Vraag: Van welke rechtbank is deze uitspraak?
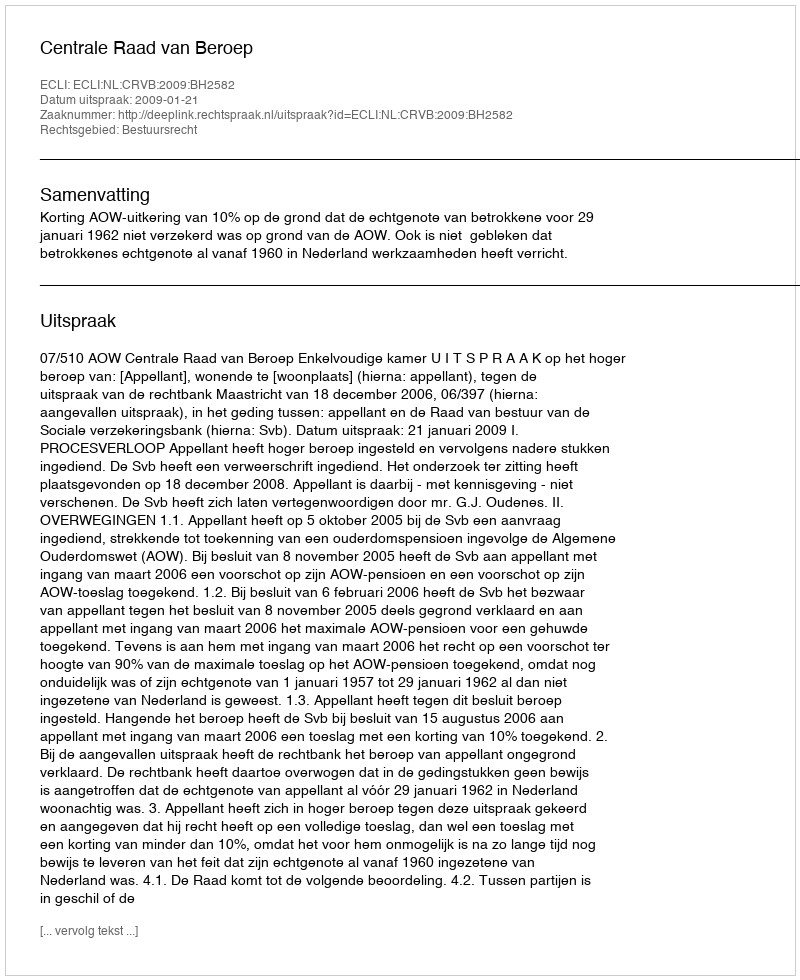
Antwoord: Centrale Raad van Beroep